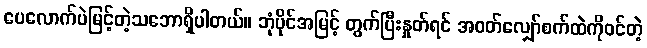
ပေလောက်ပဲမြင့်တဲ့သဘောရှိပါတယ်။ ဘုံပိုင်အမြင့် တွက်ပြီးနှုတ်ရင် အဝတ်လျှော်စက်ထဲကိုဝင်တဲ့